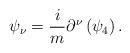
LaTeX: \begin{align*}\psi _{\nu }=\frac{i}{m}\partial ^{\nu }\left( \psi _{4}\right) .\end{align*}